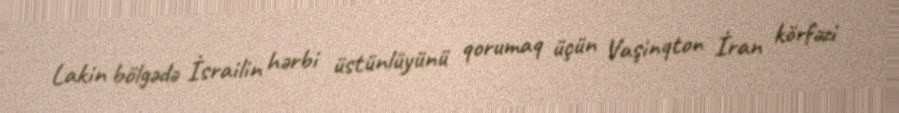
Lakin bölgədə İsrailin hərbi üstünlüyünü qorumaq üçün Vaşinqton İran körfəzi